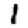
Digit: 1